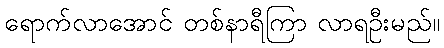
ရောက်လာအောင် တစ်နာရီကြာ လာရဦးမည်။